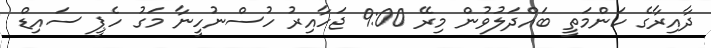
ދާއިރާގެ ކަންމަތީ ބައްދަލުވުން މިރޭ 9:00 ޖަހާއިރު ހުސްނުހީނާ މަގު ހެޕީ ސައިޑް